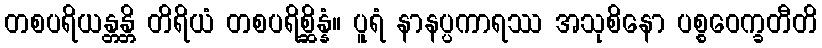
တစပရိယန္တန္တိ တိရိယံ တစပရိစ္ဆိန္နံ။ ပူရံ နာနပ္ပကာရဿ အသုစိနော ပစ္စဝေက္ခတီတိ